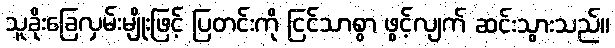
သူခိုးခြေလှမ်းမျိုးဖြင့် ပြတင်းကို ငြင်သာစွာ ဖွင့်လျက် ဆင်းသွားသည်။